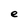
Character: e